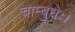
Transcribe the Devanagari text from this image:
चाम्बुधेः।